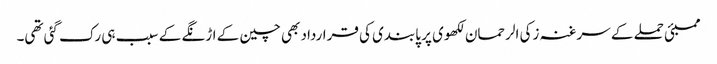
ممبئی حملے کے سرغنہ زکی الرحمان لکھوی پر پابندی کی قرارداد بھی چین کے اڑنگے کے سبب ہی رک گئی تھی۔